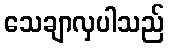
သေချာလှပါသည်